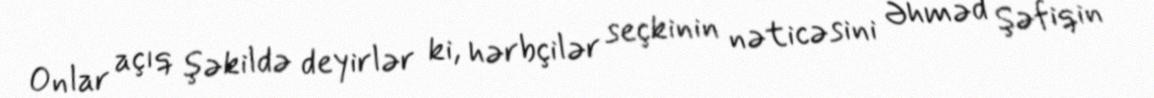
Onlar açıq şəkildə deyirlər ki, hərbçilər seçkinin nəticəsini Əhməd Şəfiqin